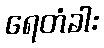
ရေတံခါး